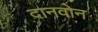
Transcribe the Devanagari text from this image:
दानवोन